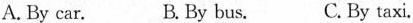
A. By car. B. By bus. C. By taxi.